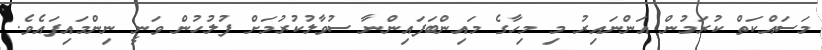
މަސައްކަތް ކުރަމުން އަންނައިރު މި މިހާގެ މައިންބަފައިންނާ ސުވާލުކުރުމަށް ފުލުހުން ވަނީ ނިންމައިފައެވެ.